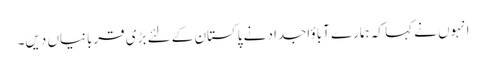
انہوں نے کہا کہ ہمارے آباؤاجداد نے پاکستان کے لئے بڑی قربانیاں دیں۔